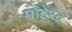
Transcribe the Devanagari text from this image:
मोडेस्ट